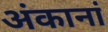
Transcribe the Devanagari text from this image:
अंकानां